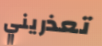
تعذريني